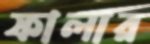
ফালার